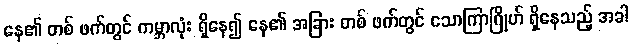
နေ၏ တစ် ဖက်တွင် ကမ္ဘာလုံး ရှိနေ၍ နေ၏ အခြား တစ် ဖက်တွင် သောကြာဂြိုဟ် ရှိနေသည့် အခါ